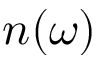
n ( \omega )